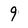
Character: 9